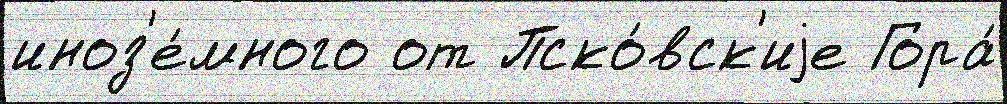
иноз'е́много от Пско́вск'иjе Гора́